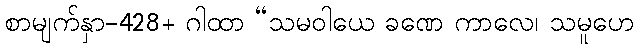
စာမျက်နှာ-428+ ဂါထာ “သမဝါယေ ခဏေ ကာလေ၊ သမူဟေ